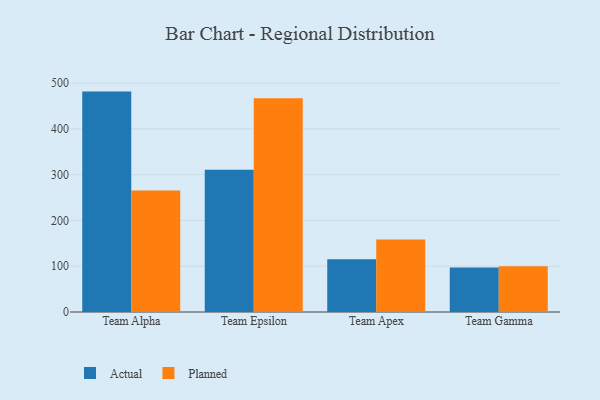
{"axis": {"x": "Team", "y": "Conversion Rate (%)"}, "legend": ["Actual", "Planned"], "data": [{"x": "Team Alpha", "y": 481.6, "type": "Actual"}, {"x": "Team Alpha", "y": 265.6, "type": "Planned"}, {"x": "Team Epsilon", "y": 310.8, "type": "Actual"}, {"x": "Team Epsilon", "y": 467.1, "type": "Planned"}, {"x": "Team Apex", "y": 115.3, "type": "Actual"}, {"x": "Team Apex", "y": 158.6, "type": "Planned"}, {"x": "Team Gamma", "y": 97.4, "type": "Actual"}, {"x": "Team Gamma", "y": 99.8, "type": "Planned"}]}